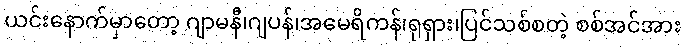
ယင်းနောက်မှာတော့ ဂျာမနီ၊ဂျပန်၊အမေရိကန်၊ရုရှား၊ပြင်သစ်စတဲ့ စစ်အင်အား